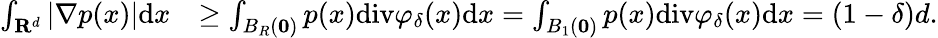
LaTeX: \begin{array}{rl}{\int_{\mathbf{R}^{d}}\left|\nabla p(x)\right|\mathrm{d}x}&{\ge\int_{B_{R}\left(\mathbf{0}\right)}p(x)\mathrm{div}\varphi_{\delta}(x)\mathrm{d}x=\int_{B_{1}\left(\mathbf{0}\right)}p(x)\mathrm{div}\varphi_{\delta}(x)\mathrm{d}x=(1-\delta)d.}\end{array}